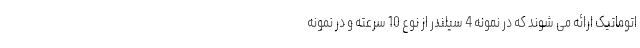
اتوماتیک ارائه می شوند که در نمونه 4 سیلندر از نوع 10 سرعته و در نمونه